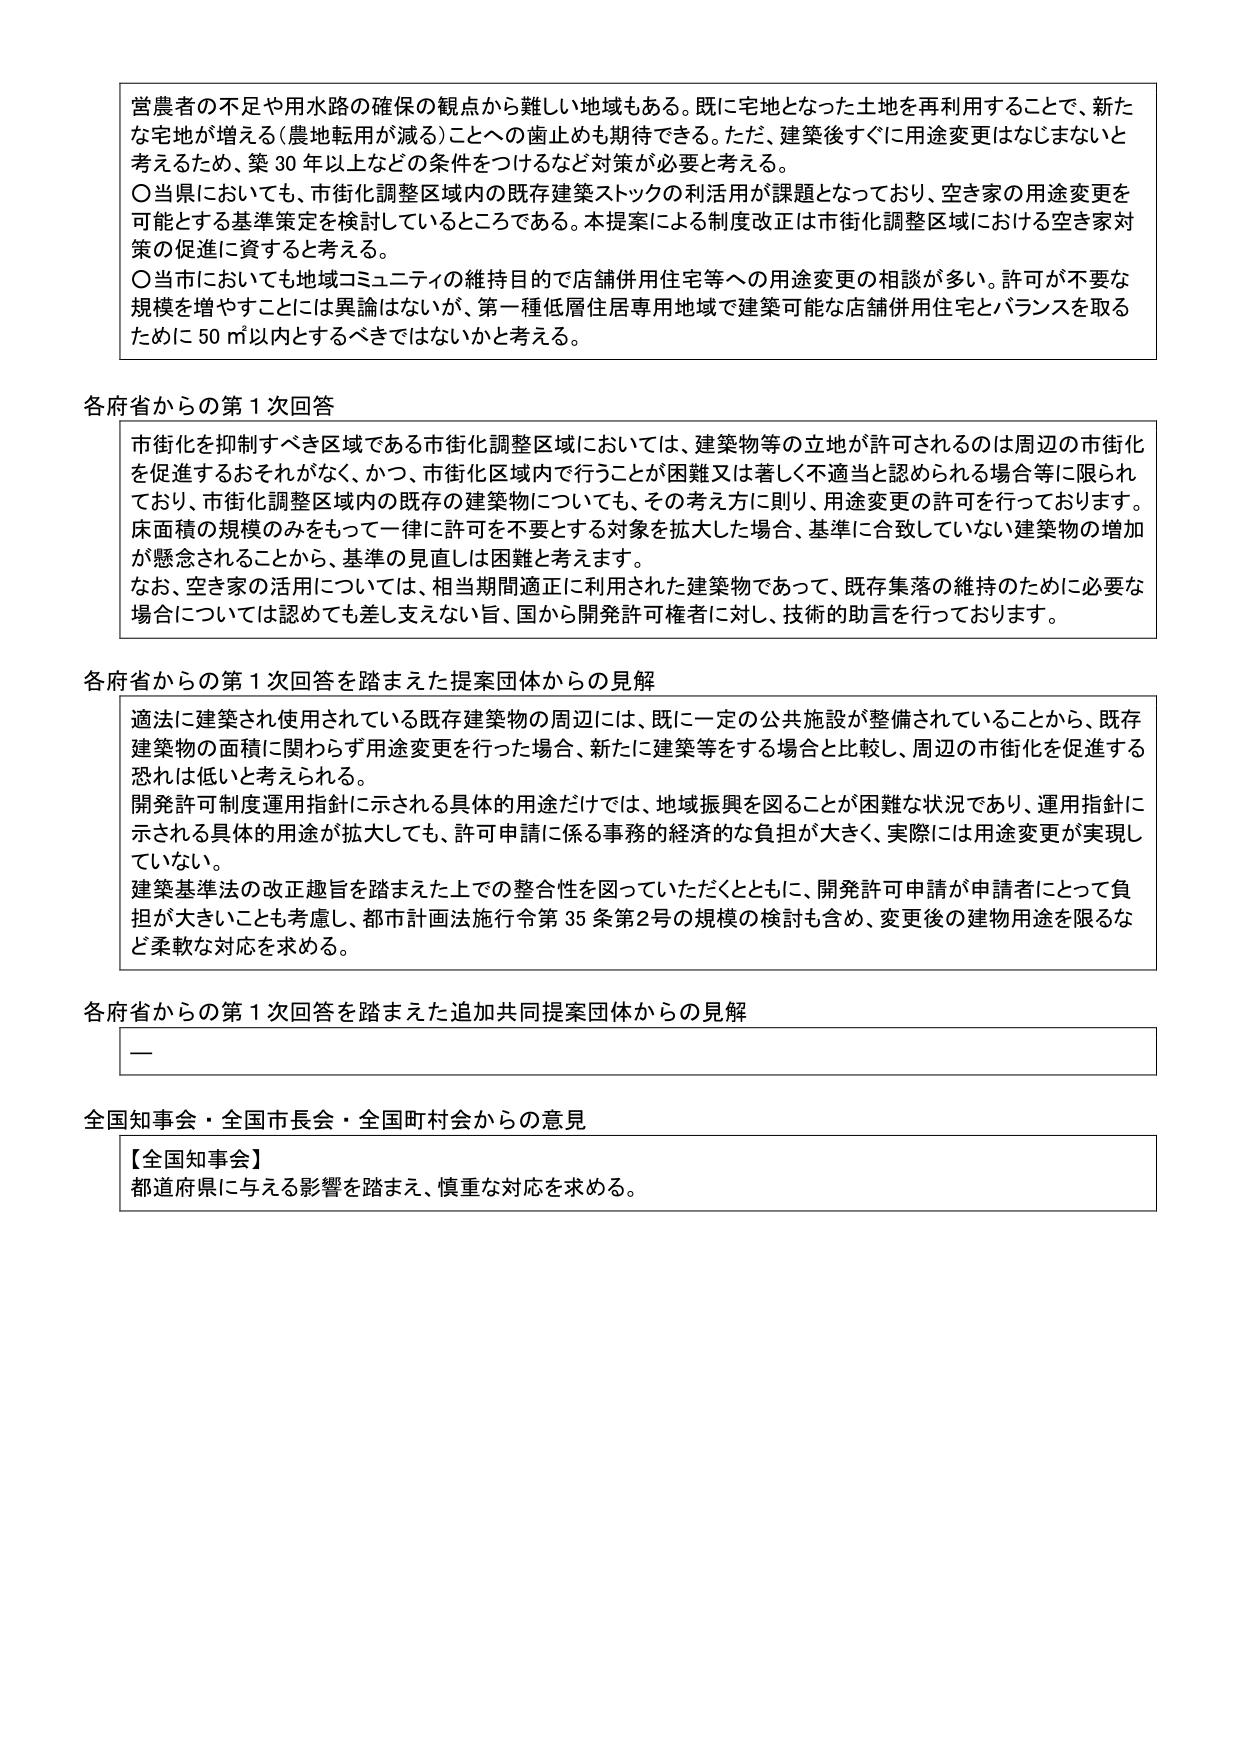
営農者の不足や用水路の確保の観点から難しい地域もある。既に宅地となった土地を再利用することで、新たな宅地が増える（農地転用が減る）ことへの歯止めも期待できる。ただ、建築後すぐに用途変更はなじまないと考えるため、築30年以上などの条件をつけるなど対策が必要と考える。

〇当県においても、市街化調整区域内の既存建築ストックの利活用が課題となっており、空き家の用途変更を可能とする基準策定を検討しているところである。本提案による制度改正は市街化調整区域における空き家対策の促進に資すると考える。

〇当市においても地域コミュニティの維持目的で店舗併用住宅等への用途変更の相談が多い。許可が不要な規模を増やすことには異論はないが、第一種低層住居専用地域で建築可能な店舗併用住宅とバランスを取るために50㎡以内とするべきではないかと考える。

各府省からの第1次回答

市街化を抑制すべき区域である市街化調整区域においては、建築物等の立地が許可されるのは周辺の市街化を促進するおそれがない、かつ、市街化区域内で行うことが困難又は著しく不適当と認められる場合等に限られており、市街化調整区域内の既存の建築物についても、その考え方に則り、用途変更の許可を行っております。床面積の規模のみをもって一律に許可を不要とする対象を拡大した場合、基準に合致していない建築物の増加が懸念されることから、基準の見直しは困難と考えます。

なお、空き家の活用については、相当期間適正に利用された建築物であって、既存集落の維持のために必要な場合については認めても差し支えない旨、国から開発許可権者に対し、技術的助言を行っております。

各府省からの第1次回答を踏まえた提案団体からの見解

適法に建築され使用されている既存建築物の周辺には、既に一定の公共施設が整備されていることから、既存建築物の面積に関わらず用途変更を行った場合、新たに建築等をする場合と比較し、周辺の市街化を促進する恐れは低いと考えられる。

開発許可制度運用指針に示される具体的用途だけでは、地域振興を図ることが困難な状況であり、運用指針に示される具体的用途が拡大しても、許可申請に係る事務的経済的な負担が大きく、実際には用途変更が実現していない。

建築基準法の改正趣旨を踏まえた上での整合性を図っていただくとともに、開発許可申請が申請者にとって負担が大きいことも考慮し、都市計画法施行令第35条第2号の規模の検討も含め、変更後の建物用途を限るなど柔軟な対応を求める。

各府省からの第1次回答を踏まえた追加共同提案団体からの見解

—

全国知事会・全国市長会・全国町村会からの意見

【全国知事会】
都道府県に与える影響を踏まえ、慎重な対応を求める。